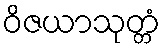
ဝိဇယာသုတ္တံ